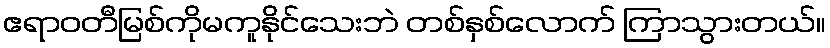
ဧရာဝတီမြစ်ကိုမကူနိုင်သေးဘဲ တစ်နှစ်လောက် ကြာသွားတယ်။